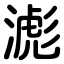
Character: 滮